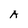
Character: A